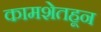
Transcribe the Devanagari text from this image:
कामशेतहून